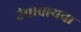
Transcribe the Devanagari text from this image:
उंचावायचा